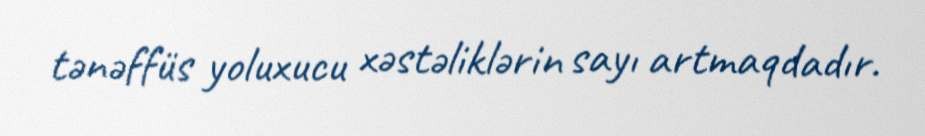
tənəffüs yoluxucu xəstəliklərin sayı artmaqdadır.